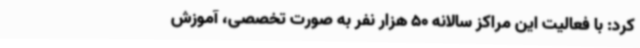
کرد: با فعالیت این مراکز سالانه 50 هزار نفر به صورت تخصصی، آموزش